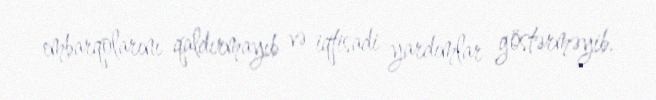
embarqolarını qaldırmayıb və iqtisadi yardımlar göstərməyib.